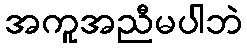
အကူအညီမပါဘဲ